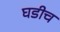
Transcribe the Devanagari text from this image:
घडीच